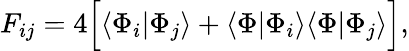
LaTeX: F_{ij}=4\Big[\langle\Phi_{i}|\Phi_{j}\rangle+\langle\Phi|\Phi_{i}\rangle\langle\Phi|\Phi_{j}\rangle\Big],